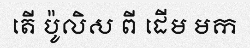
តើ ប៉ូលិស ពី ដើម មក